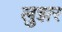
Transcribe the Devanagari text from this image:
लुझर